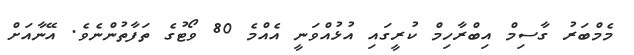
މެމްބަރު ގާސިމް އިބްރާހިމް ކުރީގައި އުޅުއްވަނީ އެއްމެ 80 ވޯޓުގެ ތަފާތުންނެވެ. އޭނާއަށް